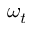
\omega _ { t }